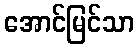
အောင်မြင်သာ